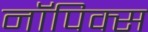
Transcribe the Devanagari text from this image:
नॉपिक्स